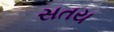
સતય